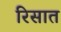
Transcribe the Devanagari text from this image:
रिसात